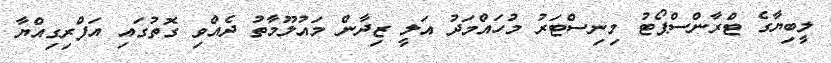
ލީބިޔާގެ ޓްރާންސްޕޯޓު މިނިސްޓަރު މުހައްމަދު އަލީ ޒިދާން މައުލޫމާތު ދެއްވި ގޮތުގައި އަފްރިގިއްޔާ